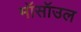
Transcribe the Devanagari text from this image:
मॉसॉउल